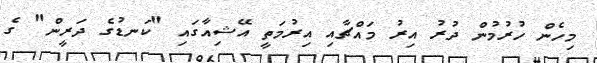
މިހެން ހުރުމުން ދުރު އިރު މައްޗާއި އިރުމަތީ އޭޝިއާގައި "ކަނޑުގެ ދަރީން" ގެ